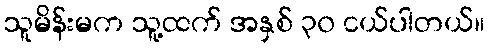
သူမိန်းမက သူ့ထက် အနှစ် ၃၀ ငယ်ပါတယ်။